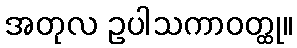
အတုလ ဥပါသကာဝတ္ထု။